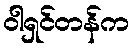
ဝါရှင်တန်က